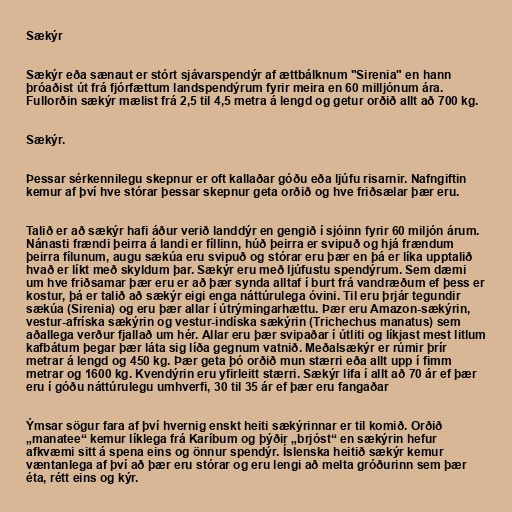
Sækýr

Sækýr eða sænaut er stórt sjávarspendýr af ættbálknum "Sirenia" en hann
þróaðist út frá fjórfættum landspendýrum fyrir meira en 60 milljónum ára.
Fullorðin sækýr mælist frá 2,5 til 4,5 metra á lengd og getur orðið allt að 700 kg.

Sækýr.

Þessar sérkennilegu skepnur er oft kallaðar góðu eða ljúfu risarnir. Nafngiftin
kemur af því hve stórar þessar skepnur geta orðið og hve friðsælar þær eru.

Talið er að sækýr hafi áður verið landdýr en gengið í sjóinn fyrir 60 miljón árum.
Nánasti frændi þeirra á landi er fíllinn, húð þeirra er svipuð og hjá frændum
þeirra fílunum, augu sækúa eru svipuð og stórar eru þær en þá er líka upptalið
hvað er líkt með skyldum þar. Sækýr eru með ljúfustu spendýrum. Sem dæmi
um hve friðsamar þær eru er að þær synda alltaf í burt frá vandræðum ef þess er
kostur, þá er talið að sækýr eigi enga náttúrulega óvini. Til eru þrjár tegundir
sækúa (Sirenia) og eru þær allar í útrýmingarhættu. Þær eru Amazon-sækýrin,
vestur-afríska sækýrin og vestur-indíska sækýrin (Trichechus manatus) sem
aðallega verður fjallað um hér. Allar eru þær svipaðar í útliti og líkjast mest litlum
kafbátum þegar þær láta sig líða gegnum vatnið. Meðalsækýr er rúmir þrír
metrar á lengd og 450 kg. Þær geta þó orðið mun stærri eða allt upp í fimm
metrar og 1600 kg. Kvendýrin eru yfirleitt stærri. Sækýr lifa í allt að 70 ár ef þær
eru í góðu náttúrulegu umhverfi, 30 til 35 ár ef þær eru fangaðar

Ýmsar sögur fara af því hvernig enskt heiti sækýrinnar er til komið. Orðið
„manatee“ kemur líklega frá Karíbum og þýðir „brjóst“ en sækýrin hefur
afkvæmi sitt á spena eins og önnur spendýr. Íslenska heitið sækýr kemur
væntanlega af því að þær eru stórar og eru lengi að melta gróðurinn sem þær
éta, rétt eins og kýr.